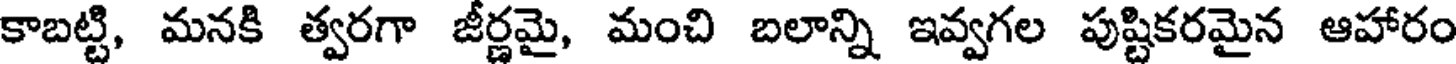
కాబట్టి, మనకి త్వరగా జీర్ణమై, మంచి బలాన్ని ఇవ్వగల పుష్టికరమైన ఆహారం